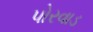
પોરવાડ